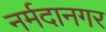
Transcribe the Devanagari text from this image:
नर्मदानगर